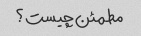
مطمئن چیست؟